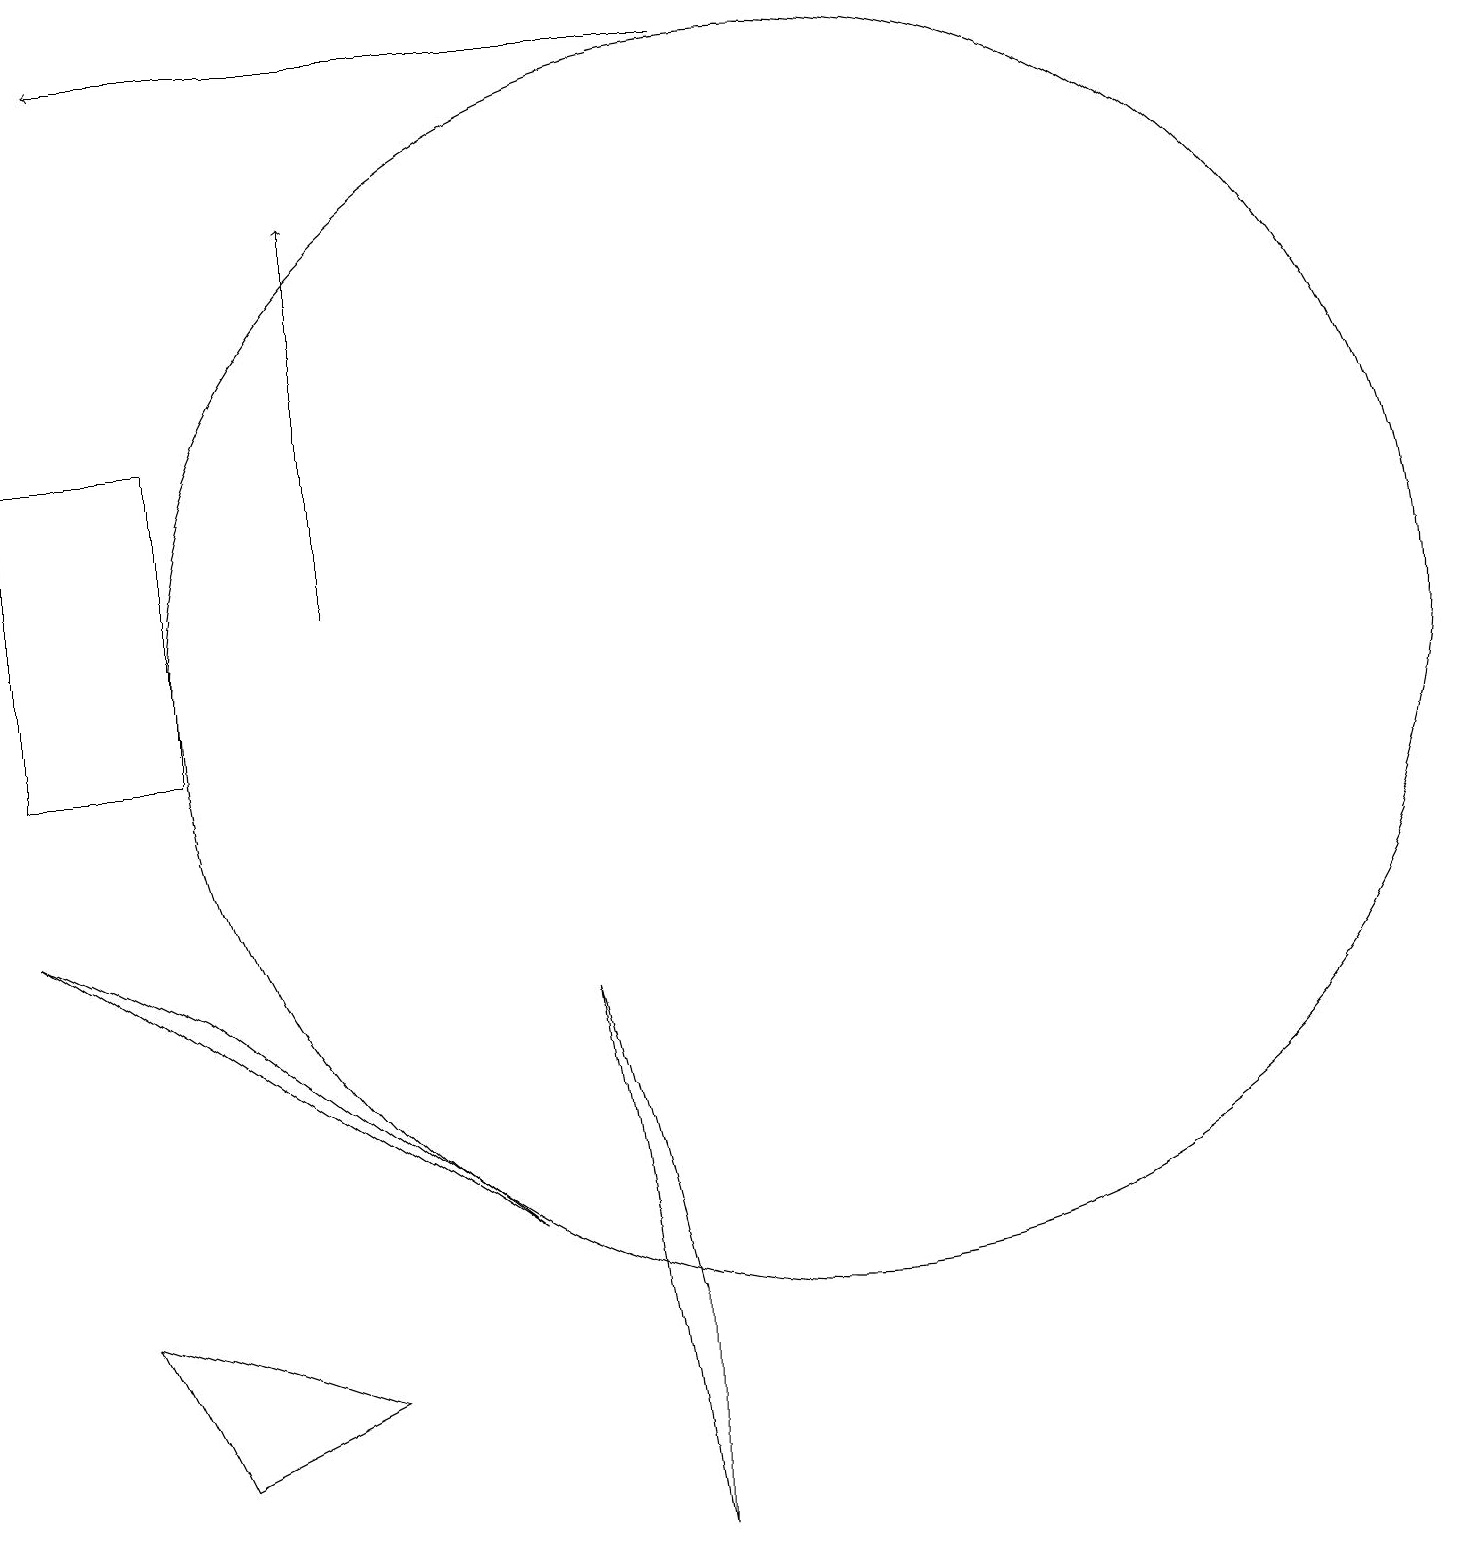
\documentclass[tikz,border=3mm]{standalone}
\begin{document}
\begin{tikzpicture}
\draw (2,7) -- (0,8) -- (6,4) -- cycle;
\draw[->] (9,19) -- (1,19);
\draw (7,7) -- (8,0) -- (8,3) -- cycle;
\draw (0,10) rectangle (2,14);
\draw[->] (4,12) -- (4,17);
\draw (10,11) circle (8);
\draw (1,3) -- (4,2) -- (2,1) -- cycle;
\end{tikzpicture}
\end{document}